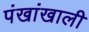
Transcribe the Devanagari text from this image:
पंखांखाली